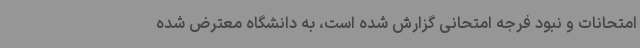
امتحانات‌ و نبود فرجه امتحانی گزارش شده است، به دانشگاه معترض شده